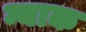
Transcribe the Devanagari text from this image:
न्याक